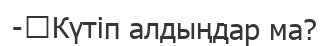
-	Күтіп алдыңдар ма?